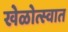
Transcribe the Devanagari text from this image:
खेळोत्स्वात